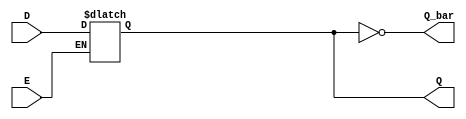
module LatchRegister (
    input wire D,           // Data input
    input wire E,           // Enable signal
    output reg Q,          // Current stored value
    output wire Q_bar       // Complement of Q
);
    
    // Assign Q_bar to the complement of Q
    assign Q_bar = ~Q;
    
    // Always block to implement the latch functionality
    always @(*) begin
        if (E) begin
            Q = D;         // Capture the value of D when E is HIGH
        end
        // If E is LOW, Q retains its previous value (no action needed)
    end

endmodule